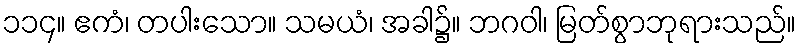
၁၁၄။ ဧကံ၊ တပါးသော။ သမယံ၊ အခါ၌။ ဘဂဝါ၊ မြတ်စွာဘုရားသည်။